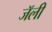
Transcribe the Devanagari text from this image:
जॅली